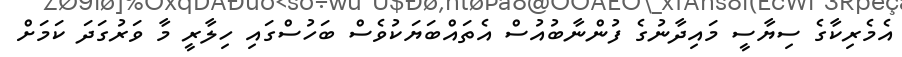
އެމެރިކާގެ ސިޔާސީ މައިދާނުގެ ފުންނާބުއުސް އެތައްބަޔަކުވެސް ބަހުސްގައި ހިލާރީ މާ ވަރުގަދަ ކަމަށް